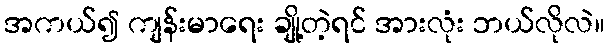
အကယ်၍ ကျန်းမာရေး ချို့တဲ့ရင် အားလုံး ဘယ်လိုလဲ။